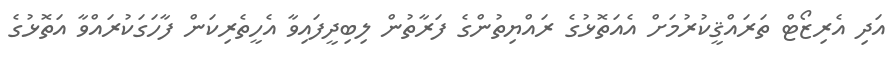
އަދި އެރިޒޯޓް ތަރައްޤީކުރުމަށް އެއަތޮޅުގެ ރައްޔިތުންގެ ފަރާތުން ލިބިދީފައިވާ އެހީތެރިކަން ފާހަގަކުރައްވާ އަތޮޅުގެ